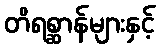
တိရစ္ဆာန်များနှင့်